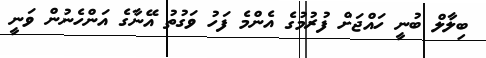
ބިލާލް ބުނީ ހައްޖަށް ފުރުމުގެ އެންމެ ފަހު ވަގުތު އޭނާގެ އަންހެނުން ވަނީ